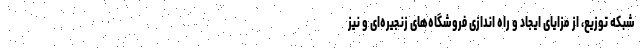
شبکه توزیع، از مزایای ایجاد و راه اندازی فروشگاه‌های زنجیره‌ای و نیز